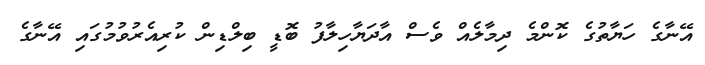
އޭނާގެ ހަޔާތުގެ ކޮންމެ ދިމާލެއް ވެސް އާދަޔާހިލާފު ބޮޑީ ބިލްޑިން ކުރިއެރުވުމުގައި އޭނާގެ